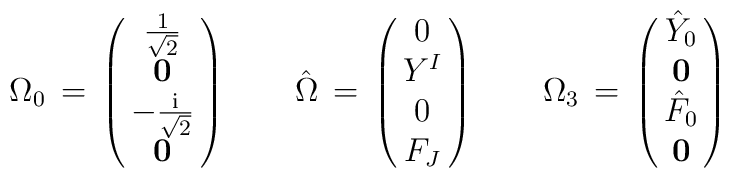
\Omega_0 \, = \, \left ( \matrix{ {1\over{\sqrt{2}}} \cr {\bf 0} \cr- {{\rm i}\over{\sqrt{2}}}\cr {\bf 0} \cr} \right ) \qquad{\hat \Omega} \, = \, \left ( \matrix{ 0 \cr Y^I \cr0   \cr F_J \cr } \right ) \qquad\Omega _ 3 \, = \, \left ( \matrix{ {\hat Y}_0 \cr {\bf 0} \cr{\hat F}_0 \cr {\bf 0} \cr} \right )